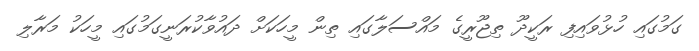
ގަމުގައި ހުޅުވައިފި ރަކީދޫ ތިޖޫރީގެ މައްސަލާގައި ތިން މީހަކަށް ދައުވާކުރަނީގަމުގައި މީހަކު މަރާލި